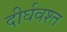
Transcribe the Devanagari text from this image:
दीर्घवश्त